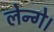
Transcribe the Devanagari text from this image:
लेन्गे।